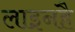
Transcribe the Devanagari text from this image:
लाइनहै